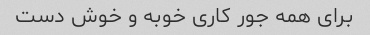
برای همه جور کاری خوبه و خوش دست